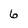
Character: 6